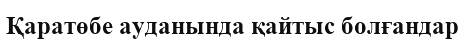
Қаратөбе ауданында қайтыс болғандар